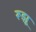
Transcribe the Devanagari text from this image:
रूझू